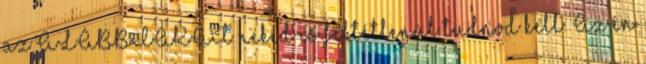
az ALÁBBIAKAT neked is feltétlenül tudnod kell. Az én